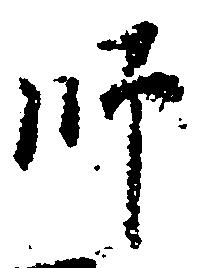
師